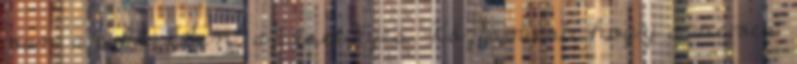
van a cikkekben, az esetleges. Közismert, hogy a neves